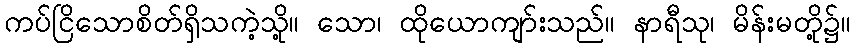
ကပ်ငြိသောစိတ်ရှိသကဲ့သို့။ သော၊ ထိုယောကျာ်းသည်။ နာရီသု၊ မိန်းမတို့၌။